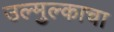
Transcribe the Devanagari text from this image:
उल्मुल्काचा